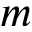
m